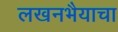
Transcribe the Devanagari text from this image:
लखनभैयाचा